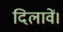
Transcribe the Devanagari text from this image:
दिलावें।